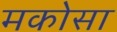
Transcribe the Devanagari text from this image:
मकोसा